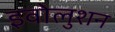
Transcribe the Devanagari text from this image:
इवोलुशन